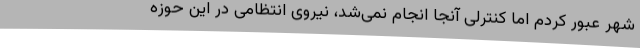
شهر عبور کردم اما کنترلی آنجا انجام نمی‌شد، نیروی انتظامی در این حوزه